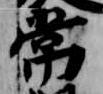
常